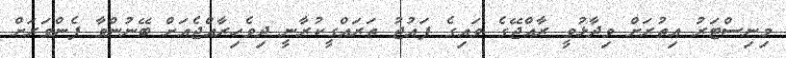
މިނިސްޓަރު އިތުރަށް ވިދާޅުވީ ރާއްޖޭގެ ވައިގެ ފައުޖު ތަރައްގީކުރާނީ ދިވެހިރާއްޖެއަށް ބޭނުންވާ ފެންވަރަށް